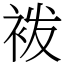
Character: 袯